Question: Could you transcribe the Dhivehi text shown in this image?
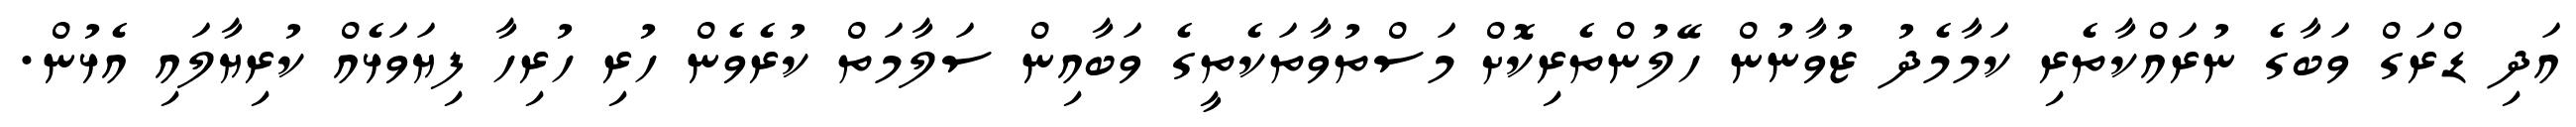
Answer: އަދި ޑްރަގް ވަބާގެ ނުރައްކާތެރި ކަމާމެދު ޒުވާނުން ހޭލުންތެރިކޮށް މަސްތުވާތަކެތީގެ ވަބާއިން ސަލާމަތް ކުރެވެން ހުރި ހުރިހާ ފިޔަވަޅެއް ކުރިޔާލައި އެޅުން.